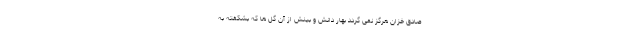
صادق خزان هرگز نمى گردد بهار دانش و بینش از آن گل ها که بشکفته به